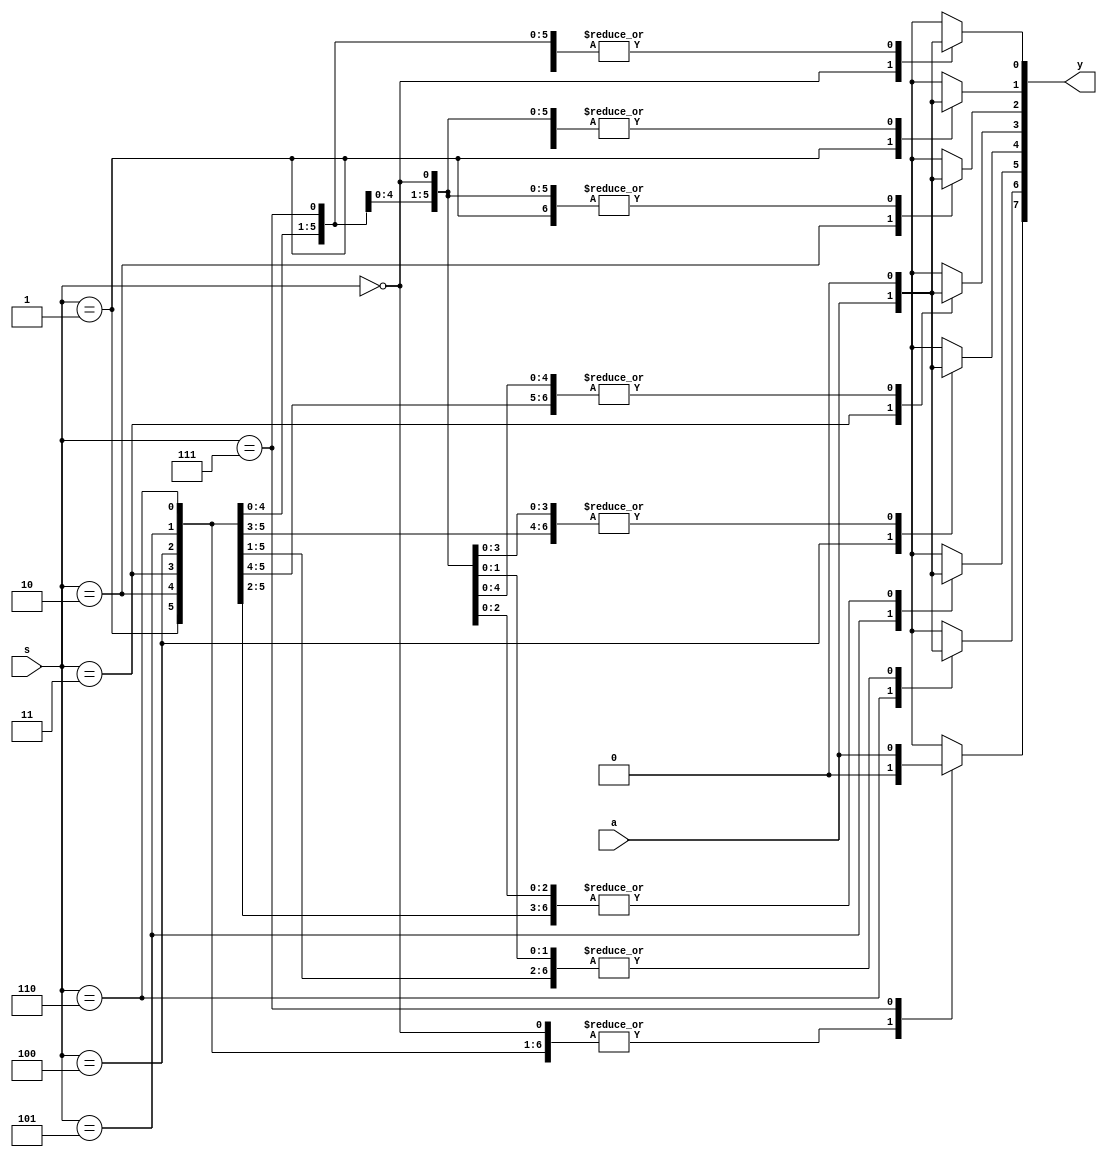
`timescale 1ns / 1ps
//////////////////////////////////////////////////////////////////////////////////
// Company: 
// Engineer: 
// 
// Design Name: 
// Module Name: demux
// Project Name: 
// Target Devices: 
// Tool Versions: 
// Description: 
// 
// Dependencies: 
// 
// Revision:
// Revision 0.01 - File Created
// Additional Comments:
// 
//////////////////////////////////////////////////////////////////////////////////


module demux(
    input a,
    input [2:0] s,
    output reg [7:0] y
    );
    always @(*)
begin 
y=0;
case(s)
3'd0: y[0]=a;
3'd1: y[1]=a;
3'd2: y[2]=a;
3'd3: y[3]=a;
3'd4: y[4]=a;
3'd5: y[5]=a;
3'd6: y[6]=a;
3'd7: y[7]=a;
endcase
end
endmodule